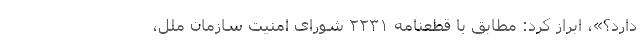
دارد؟»، ابراز کرد: مطابق با قطعنامه ۲۲۳۱ شورای امنیت سازمان ملل،